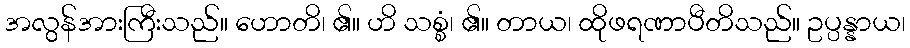
အလွန်အားကြီးသည်။ ဟောတိ၊ ၏။ ဟိ သစ္စံ၊ ၏။ တာယ၊ ထိုဖရဏာပီတိသည်။ ဥပ္ပန္နာယ၊